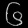
Digit: ၆